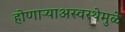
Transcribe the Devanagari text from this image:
होणाऱ्याअस्वस्थेमुळे